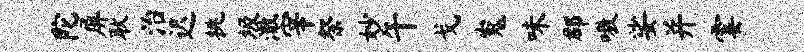
陀屏耿治迟挑圾澈宰祭妙午戈嵬味郡嗷娑并霎